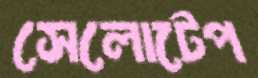
সেলোটেপ